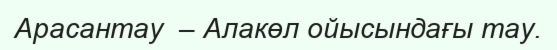
Арасантау  – Алакөл ойысындағы тау.